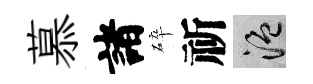
慕諸碎祈温